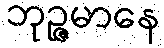
ဘုဉ္ဇမာနေ